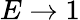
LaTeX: E\to 1